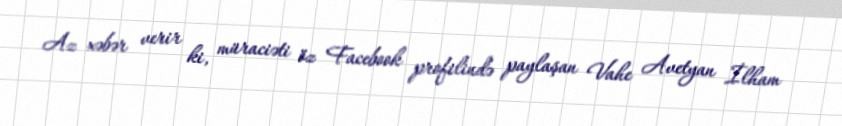
Az xəbər verir ki, müraciəti öz Facebook profilində paylaşan Vahe Avetyan İlham